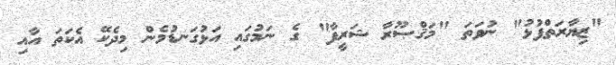
"ޒިޔާރަތްފުޅު" ނުވަތަ "މަޤްޞޫރާ ޝަރީފާ" ގެ ނަމުގައި އަޅުގަނޑުމެން މިދެކޭ އެކަތަ އާއި